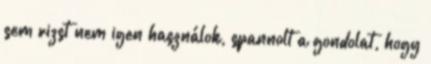
sem rizst nem igen használok, spannolt a gondolat, hogy